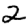
Digit: 2